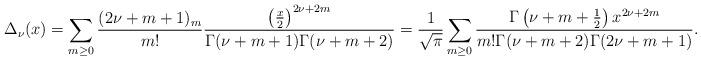
LaTeX: \begin{align*}\Delta_{\nu}(x)=\sum_{m\geq0}\frac{(2\nu+m+1)_m}{m!}\frac{\left(\frac{x}{2}\right)^{2\nu+2m}}{\Gamma(\nu+m+1)\Gamma(\nu+m+2)}=\frac{1}{\sqrt{\pi}}\sum_{m\geq0}\frac{\Gamma\left(\nu+m+\frac{1}{2}\right)x^{2\nu+2m}}{m!\Gamma(\nu+m+2)\Gamma(2\nu+m+1)}.\end{align*}